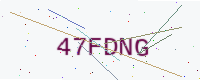
Text: 47FDNG